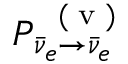
P _ { \bar { \nu } _ { e } \to \bar { \nu } _ { e } } ^ { \mathrm { ~ \tiny ~ ( ~ v ~ ) ~ } }